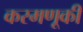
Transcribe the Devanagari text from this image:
करमणूकी